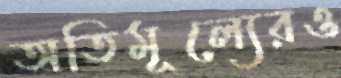
অতিমূল্যেরও